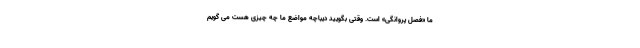
ما «فصل پروانگی» است. وقتی بگویید دیباچه مواضع ما چه چیزی هست می گویم